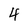
Character: 4